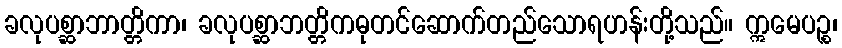
ခလုပစ္ဆာဘာတ္တိကာ၊ ခလုပစ္ဆာဘတ္တိကဓုတင်ဆောက်တည်သောရဟန်းတို့သည်။ ဣမေပဉ္စ၊